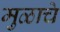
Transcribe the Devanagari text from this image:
मुळाचे